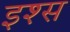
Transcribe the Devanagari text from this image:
इश्स